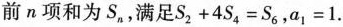
前n项和为S_{n}，满足$$S_{2}+4S_{4}=S_{6}$$，$$a_{1}=1$$.